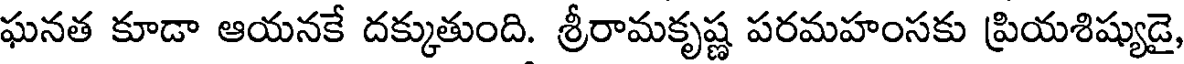
ఘనత కూడా ఆయనకే దక్కుతుంది. శ్రీరామకృష్ణ పరమహంసకు ప్రియశిష్యుడై,